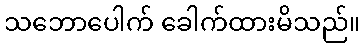
သဘောပေါက် ခေါက်ထားမိသည်။